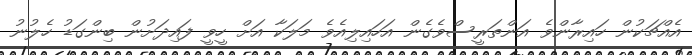
އެއްޗަކުން ހައިރާންވެ އަންތަރީސްވެގެން އަހައިލިއެވެ މަލަކާ އަށް ހީވީ ފައިދަށުން ބިންގަޑު ހެލުނު